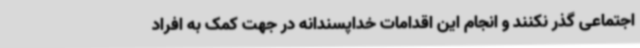
اجتماعی گذر نکنند و انجام این اقدامات خداپسندانه در جهت کمک به افراد